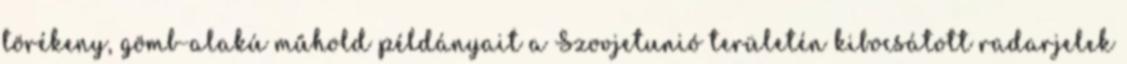
törékeny, gömb-alakú műhold példányait a Szovjetunió területén kibocsátott radarjelek